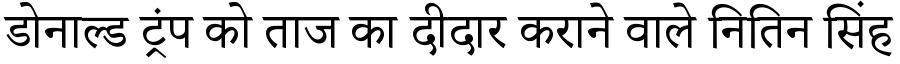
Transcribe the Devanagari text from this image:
डोनाल्ड ट्रंप को ताज का दीदार कराने वाले नितिन सिंह